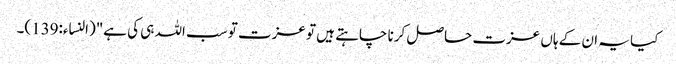
کیا یہ ان کے ہاں عزت حاصل کرنا چاہتے ہیں تو عزت تو سب اللہ ہی کی ہے"(النساء:139)۔